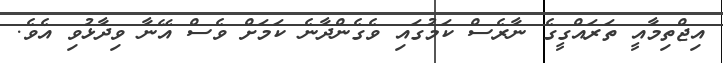
އިޖްތިމާއީ ތަރައްގީގެ ނާރެސް ކަމުގައި ވެގެންދާނެ ކަމަށް ވެސް އޭނާ ވިދާޅުވި އެވެ.